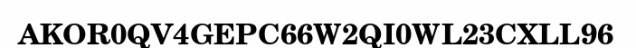
AKOR0QV4GEPC66W2QI0WL23CXLL96